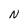
Character: N